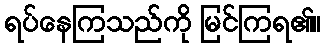
ရပ်နေကြသည်ကို မြင်ကြရ၏။